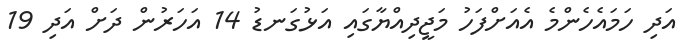
އަދި ހަމައެހެންމެ އެއަށްފަހު މަޖީދިއްޔާގައި އަޅުގަނޑު 14 އަހަރުން ދަށް އަދި 19